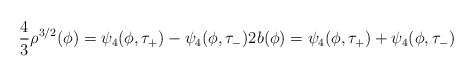
\begin{align*}\frac{4}{3}\rho^{3/2}(\phi) = \psi_4(\phi,\tau_+) - \psi_4(\phi,\tau_-) 2b(\phi) = \psi_4(\phi,\tau_+) + \psi_4(\phi,\tau_-)\end{align*}